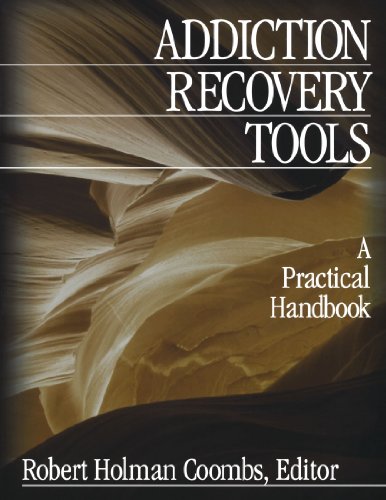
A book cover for Addiction Recovery Tools: A Practical Handbook; Robert Holman Coombs; Health, Fitness & Dieting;